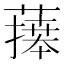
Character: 𦾙